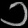
Digit: ၁